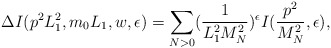
\begin{align*}\Delta I(p^{2}L_{1}^{2},m_{0}L_{1},w,\epsilon) = \sum_{N>0}(\frac{1}{L_{1}^{2}M_{N}^{2}})^{\epsilon}I(\frac{p^{2}}{M_{N}^{2}},\epsilon ), \end{align*}